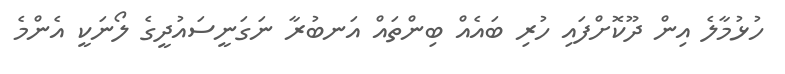
ހުޅުމާލެ އިން ދޫކޮށްފައި ހުރި ބައެއް ބިންތައް އަނބުރާ ނަގަނީސައުދީގެ ލޯނަކީ އެންމެ